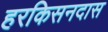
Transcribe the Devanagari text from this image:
हरकिसनदास